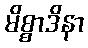
မိစ္စာဒိနာ